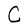
Character: C